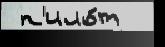
 п'ило́т